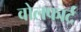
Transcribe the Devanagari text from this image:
वोलफार्ट